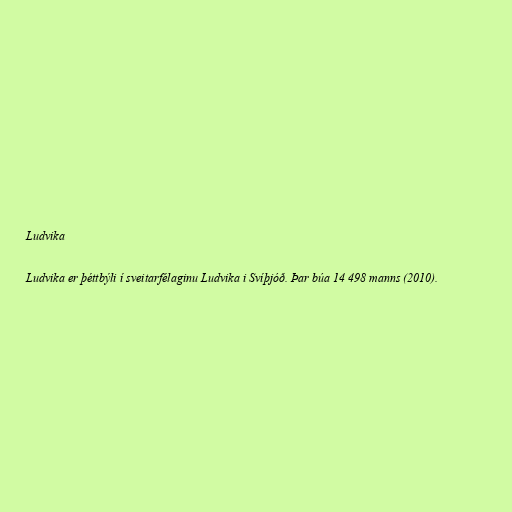
Ludvika

Ludvika er þéttbýli í sveitarfélaginu Ludvika i Svíþjóð. Þar búa 14 498 manns (2010).